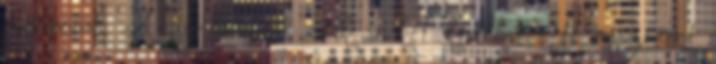
csibecomb. A narancsnál csak a két kisebbet ette meg,mert